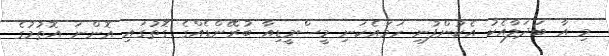
މި އާ ބަދަލާއެކު އެކުންފުނި ހަމައެކަނި މީސްމީޑިއާ ބުރޭންޑެއްގެ ގޮތުގައި އޮންނަ އޮތުމުގެ